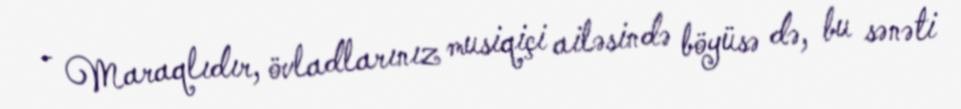
- Maraqlıdır, övladlarınız musiqiçi ailəsində böyüsə də, bu sənəti